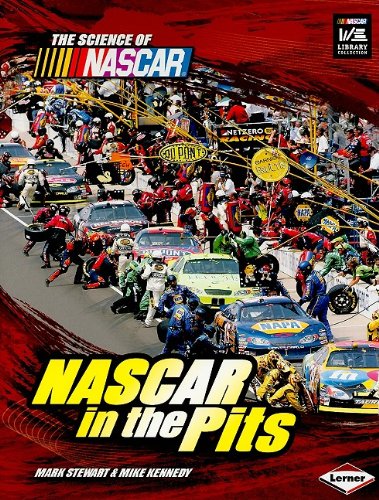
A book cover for NASCAR in the Pits (Science of NASCAR); Mark Stewart; Children's Books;